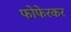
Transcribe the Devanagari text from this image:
फोफेरकर